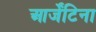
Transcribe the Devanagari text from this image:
आर्जेंटिना